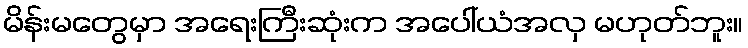
မိန်းမတွေမှာ အရေးကြီးဆုံးက အပေါ်ယံအလှ မဟုတ်ဘူး။